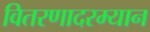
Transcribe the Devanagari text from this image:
वितरणादरम्यान